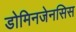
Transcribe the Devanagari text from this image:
डोमिनजेनसिस